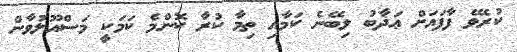
ކުރެވޭ ފާފައަށް ޢަޛާބު ލިބޭނެ ކަމާއި ތިމާ ކުރާ ކޮންމެ ކަމަކީ މަސްއޫލުވާން